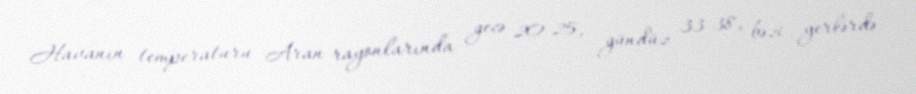
Havanın temperaturu Aran rayonlarında gecə 20-25, gündüz 33-38, bəzi yerlərdə